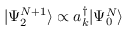
| \Psi _ { 2 } ^ { N + 1 } \rangle \propto a _ { k } ^ { \dagger } | \Psi _ { 0 } ^ { N } \rangle